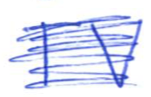
Text: TV
Cross-out: scratch
Writing tool: ballpoint